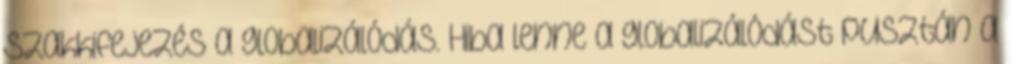
szakkifejezés a globalizálódás. Hiba lenne a globalizálódást pusztán a